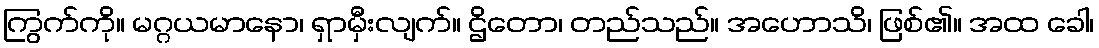
ကြွက်ကို။ မဂ္ဂယမာနော၊ ရှာမှီးလျက်။ ဌိတော၊ တည်သည်။ အဟောသိ၊ ဖြစ်၏။ အထ ခေါ၊